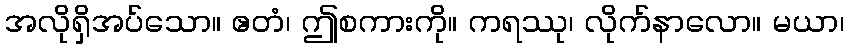
အလိုရှိအပ်သော။ ဧတံ၊ ဤစကားကို။ ကရဿု၊ လိုက်နာလော။ မယာ၊